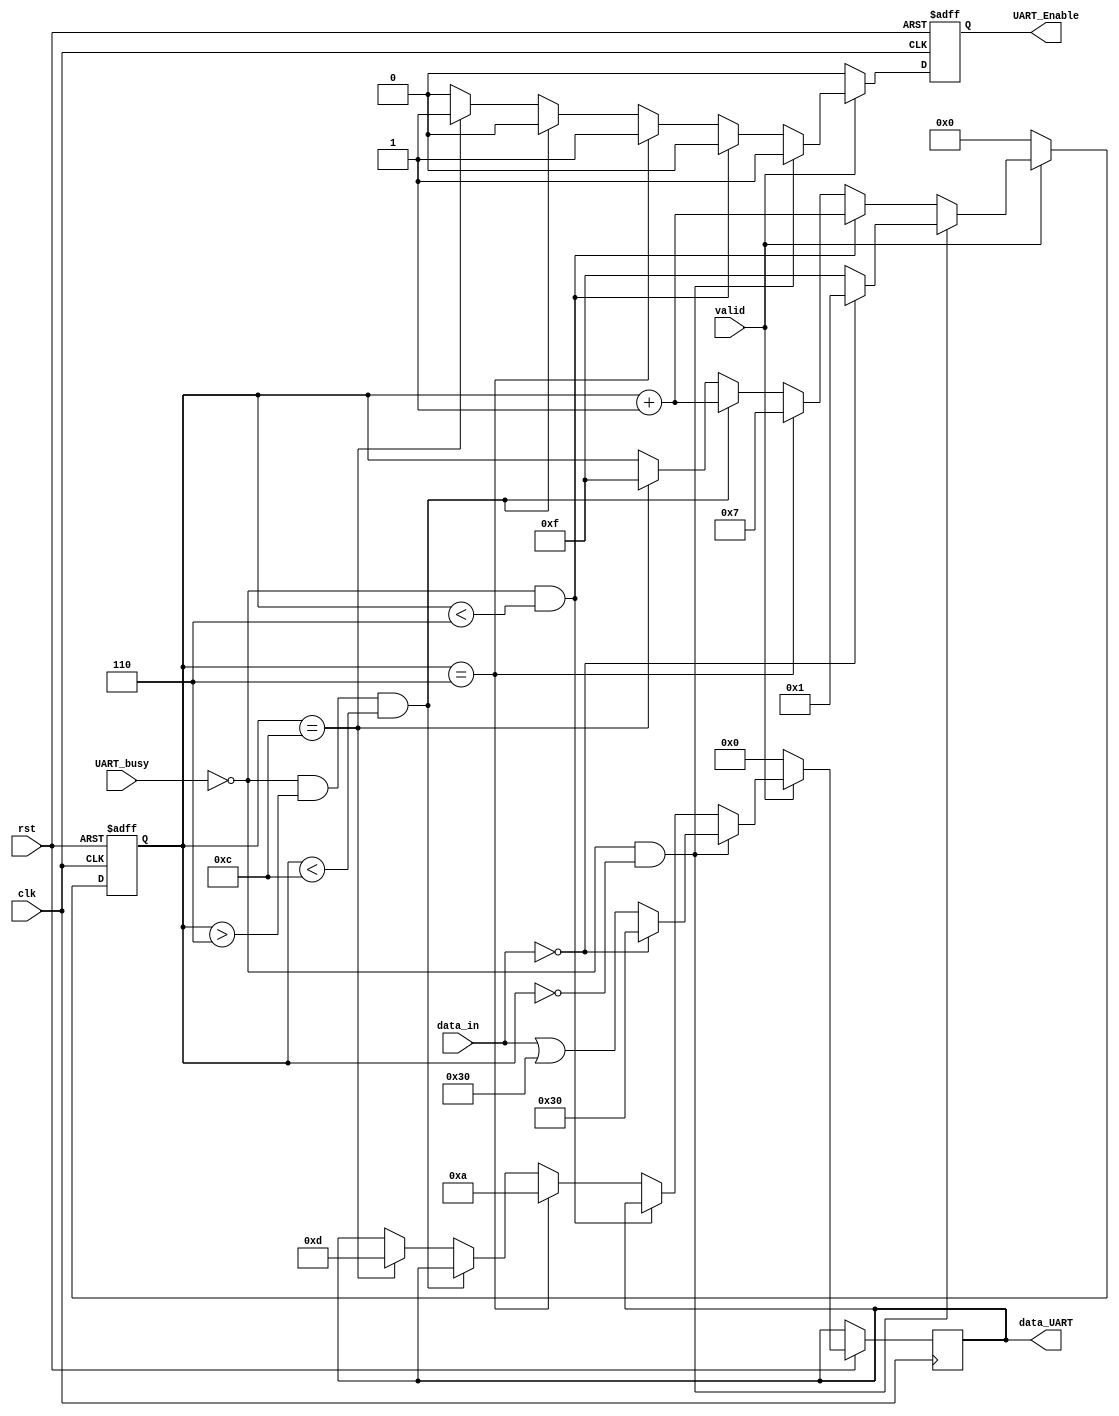
//////////////////////////////////////////////////////////////////////////////////
// Modified Date: 	
// Description: 
//
//	
// Revision: 		1.0
// Additional Comments: 
//
//////////////////////////////////////////////////////////////////////////////////

module UART_format_hanoi(
	input clk,
	input rst,
	input UART_busy,
	input valid,
	input [7:0] data_in,
	
	output [7:0] data_UART,
	output UART_Enable

);

	reg UART_EnReg;
	reg [3:0] wait_new_data;
	reg [7:0] data_UART_reg;				  	
	
	assign UART_Enable = UART_EnReg;
	assign data_UART = data_UART_reg;
	
	
	always @(posedge clk or negedge rst) begin //POUT instructions must be separate one from another
		if (~rst) begin
			UART_EnReg <= 1'h0;
			wait_new_data <= 4'h0;
		end else begin
			if (valid) begin
				if ((~UART_busy) && (wait_new_data == 4'h0)) begin
					if (data_in == 8'h0) begin
						wait_new_data <= 4'h1;
						data_UART_reg <= 8'h30; 							//Start a new line if data in == 0 and Valid == 1
					end else begin
						wait_new_data <= 4'hf;
						data_UART_reg <= (data_in | 8'h30); 		//Support only for 9 disks if data in =!0 and Valid == 1
					end
					UART_EnReg <= 1'h1;
				end else if ((~UART_busy) && (wait_new_data < 4'h6)) begin
					wait_new_data <= wait_new_data + 1'h1;
					UART_EnReg <= 1'h0;
				end else if (wait_new_data == 4'h6) begin
					data_UART_reg <= 8'hA;
					UART_EnReg <= 1'h1;
					wait_new_data <= 4'h7;
				end else if ((~UART_busy) && (wait_new_data > 4'h6) && (wait_new_data < 4'hC)) begin
					wait_new_data <= wait_new_data + 1'h1;
					UART_EnReg <= 1'h0;
				end else if (wait_new_data == 4'hC) begin
					data_UART_reg <= 8'hD;
					UART_EnReg <= 1'h1;
					wait_new_data <= 4'hf;
				end else begin
					UART_EnReg <= 1'h0;
				end
			end else begin
				UART_EnReg <= 1'h0;
				data_UART_reg <= 8'h0;
				wait_new_data <= 4'h0; //Null Char if Valid == 0
			end
		end
	end
	
	
endmodule